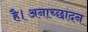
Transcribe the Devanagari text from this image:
है।अनाच्छादन